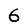
Digit: 6